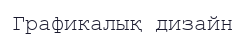
Графикалық дизайн